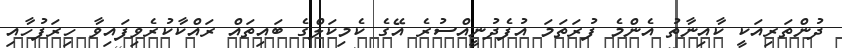
ދުންތަރިއަކީ ކާއިނާތު އެންމެ ފުރަތަމަ އުފެދުނީއްސުރެ އޭގެ ކެމިކަލްގެ ބައިތައް ރައްކާކުރެވިފައިވާ ހިރަފުހާއި